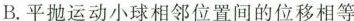
B. 平抛运动小球相邻位置间的位移相等